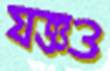
যজ্ঞও